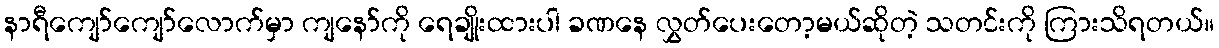
နာရီကျော်ကျော်လောက်မှာ ကျနော်ကို ရေချိုးထားပါ ခဏနေ လွှတ်ပေးတော့မယ်ဆိုတဲ့ သတင်းကို ကြားသိရတယ်။